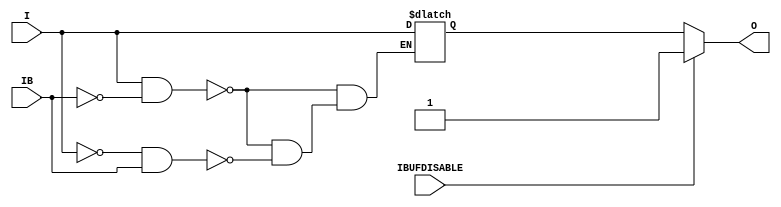
///////////////////////////////////////////////////////////////////////////////
// Copyright (c) 1995/2015 Xilinx, Inc.
// All Right Reserved.
///////////////////////////////////////////////////////////////////////////////
//   ____  ____
//  /   /\/   /
// /___/  \  /    Vendor : Xilinx
// \   \   \/     Version : 2015.4
//  \   \         Description : Xilinx Formal Library Component
//  /   /                  Differential Signaling Input Buffer
// /___/   /\     Filename : IBUFDS_IBUFDISABLE.v
// \   \  /  \
//  \___\/\___\
//
///////////////////////////////////////////////////////////////////////////////
// Revision:
//    12/08/10 - Initial version.
// End Revision
///////////////////////////////////////////////////////////////////////////////

`timescale  1 ps / 1 ps

`celldefine

module IBUFDS_IBUFDISABLE (O, I, IB, IBUFDISABLE);

    parameter DIFF_TERM = "FALSE";
    parameter DQS_BIAS = "FALSE";
    parameter IBUF_LOW_PWR = "TRUE";
    parameter IOSTANDARD = "DEFAULT";
    parameter SIM_DEVICE = "7SERIES";
    parameter USE_IBUFDISABLE = "TRUE";
      
    output O;

    input  I;
    input  IB;
    input  IBUFDISABLE;

    reg o_out;

    always @(I or IB) 
  if (I == 1'b1 && IB == 1'b0)
      o_out = I;
  else if (I == 1'b0 && IB == 1'b1)
      o_out = I;
    
   assign O = (IBUFDISABLE == 0) ? o_out : 1'b1;

endmodule

`endcelldefine